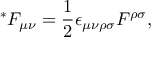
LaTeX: { ^ \ast } F _ { \mu \nu } = \frac { 1 } { 2 } \epsilon _ { \mu \nu \rho \sigma } F ^ { \rho \sigma } ,